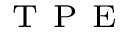
_ { \mathrm { ~ T ~ P ~ E ~ } }